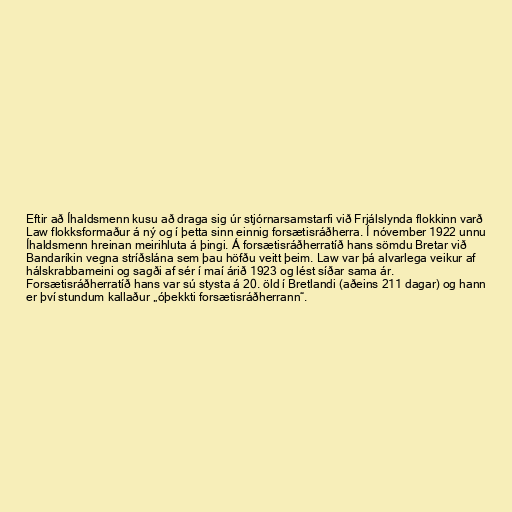
Eftir að Íhaldsmenn kusu að draga sig úr stjórnarsamstarfi við Frjálslynda flokkinn varð
Law flokksformaður á ný og í þetta sinn einnig forsætisráðherra. Í nóvember 1922 unnu
Íhaldsmenn hreinan meirihluta á þingi. Á forsætisráðherratíð hans sömdu Bretar við
Bandaríkin vegna stríðslána sem þau höfðu veitt þeim. Law var þá alvarlega veikur af
hálskrabbameini og sagði af sér í maí árið 1923 og lést síðar sama ár.
Forsætisráðherratíð hans var sú stysta á 20. öld í Bretlandi (aðeins 211 dagar) og hann
er því stundum kallaður „óþekkti forsætisráðherrann“.